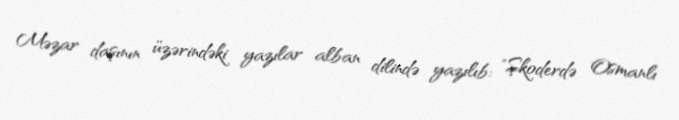
Məzar daşının üzərindəki yazılar alban dilində yazılıb: "Şkoderdə Osmanlı